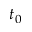
t _ { 0 }